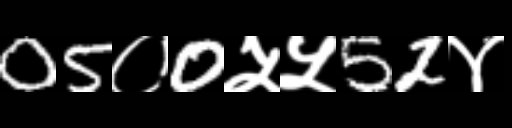
Text: 05०0५५52४